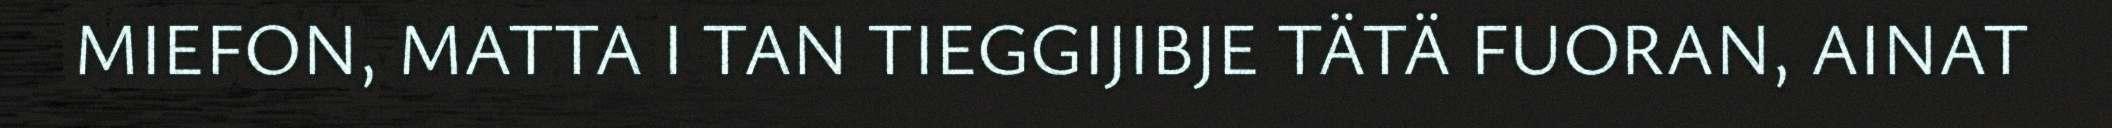
MIEFON, MATTA I TAN TIEGGIJIBJE TÄTÄ FUORAN, AINAT